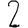
Digit: 2